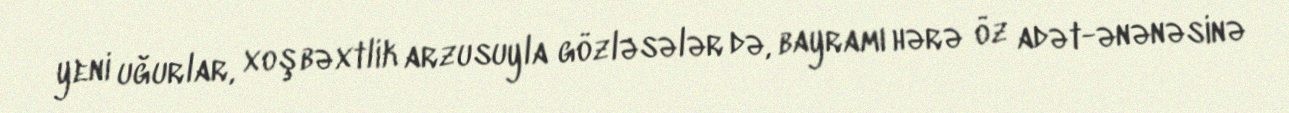
yeni uğurlar, xoşbəxtlik arzusuyla gözləsələr də, bayramı hərə öz adət-ənənəsinə